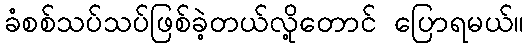
ခံစစ်သပ်သပ်ဖြစ်ခဲ့တယ်လို့တောင် ပြောရမယ်။